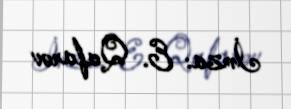
İmza: E. Qafarov